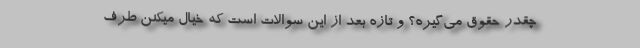
چقدر حقوق می‌گیره؟ و تازه بعد از این سوالات است که خیال میکنن طرف